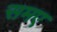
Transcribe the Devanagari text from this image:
समए